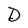
Character: D